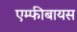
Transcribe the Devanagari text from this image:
एम्फीबायस